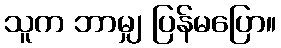
သူက ဘာမျှ ပြန်မပြော။